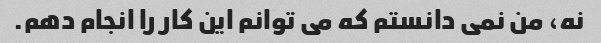
نه، من نمی دانستم که می توانم این کار را انجام دهم.